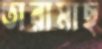
তারামাছ